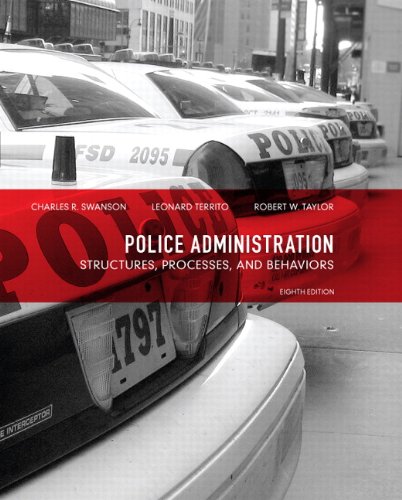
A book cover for Police Administration: Structures, Processes, and Behavior (8th Edition); Charles R. Swanson; Law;